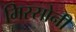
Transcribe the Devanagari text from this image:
मिस्सोनी